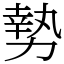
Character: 𫝑